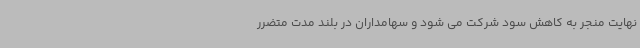
نهایت منجر به کاهش سود شرکت می شود و سهامداران در بلند مدت متضرر